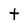
Character: t